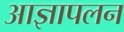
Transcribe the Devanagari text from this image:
आज्ञापलन